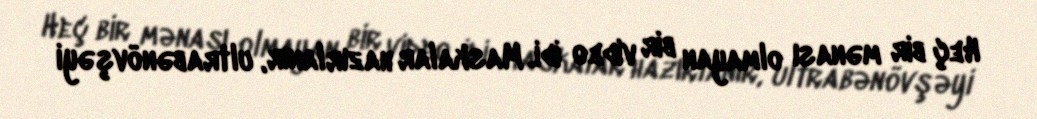
Heç bir mənası olmayan bir video idi. Maskalar hazırlanır, ultrabənövşəyi